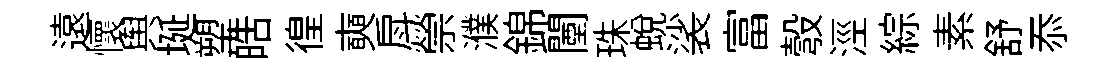
遠懷舆埏塑皓徨奭戽禜濮錦闉珠蜕裟富彀涇綜素舒忝